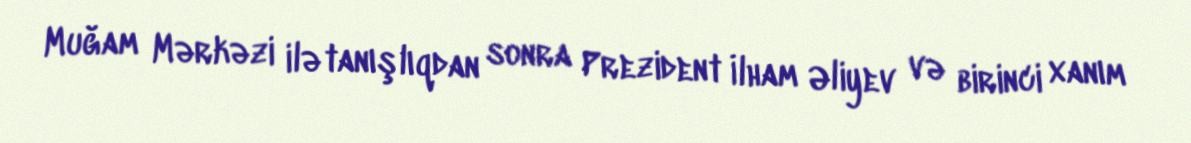
Muğam Mərkəzi ilə tanışlıqdan sonra Prezident İlham Əliyev və birinci xanım